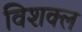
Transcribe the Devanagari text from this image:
विशक्ल